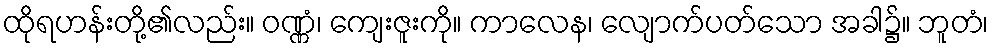
ထိုရဟန်းတို့၏လည်း။ ဝဏ္ဏံ၊ ကျေးဇူးကို။ ကာလေန၊ လျောက်ပတ်သော အခါ၌။ ဘူတံ၊